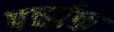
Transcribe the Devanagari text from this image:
पर्व्हाक